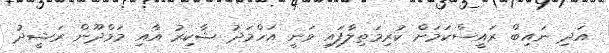
އަދި ނައިބް ރައީސްކަމަށް ކުރިމަތިލާފައި ވަނީ އަހްމަދު ޝާކިރު އާއި މަމްދޫން ރަޝީދު